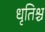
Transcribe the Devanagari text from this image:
धृतिश्च